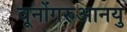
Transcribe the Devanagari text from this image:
वूनोंगरुआनयु